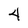
Character: 4